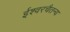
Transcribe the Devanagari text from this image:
ईश्वरचैतन्य